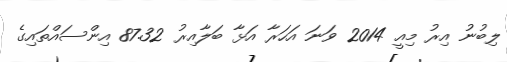
ލިބުނު އިރު މިއީ 2014 ވަނަ އަހަރާ އަޅާ ބަލާއިރު 87.32 އިންސައްތައިގެ